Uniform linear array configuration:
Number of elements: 32
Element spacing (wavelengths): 0.25
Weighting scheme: exponential
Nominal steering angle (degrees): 0
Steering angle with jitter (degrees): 0.1983
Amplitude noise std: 0.05
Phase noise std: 0.05

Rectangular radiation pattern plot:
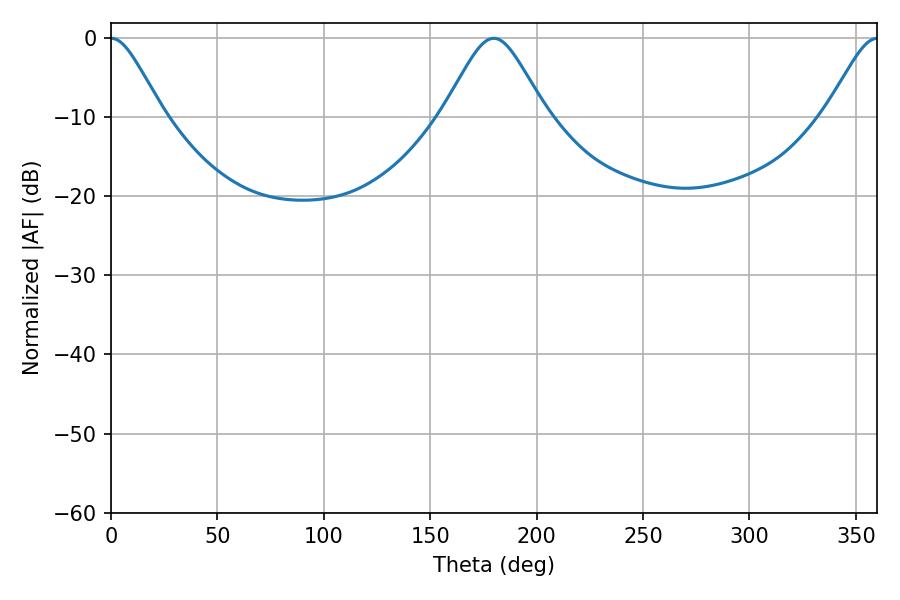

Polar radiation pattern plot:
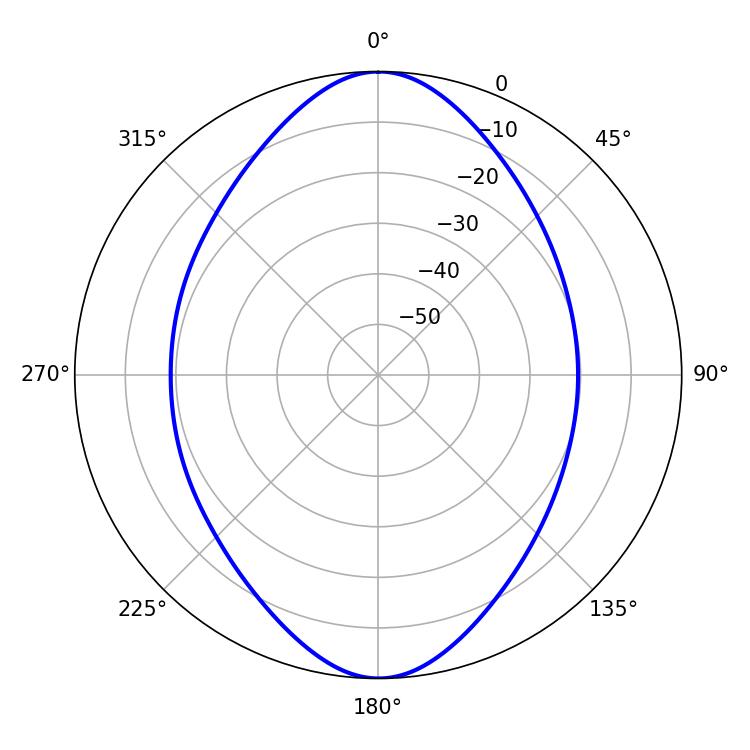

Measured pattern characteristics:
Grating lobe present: FALSE
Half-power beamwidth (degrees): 11.88
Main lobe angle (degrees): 0.18